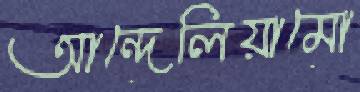
আন্দেলিয়ামো